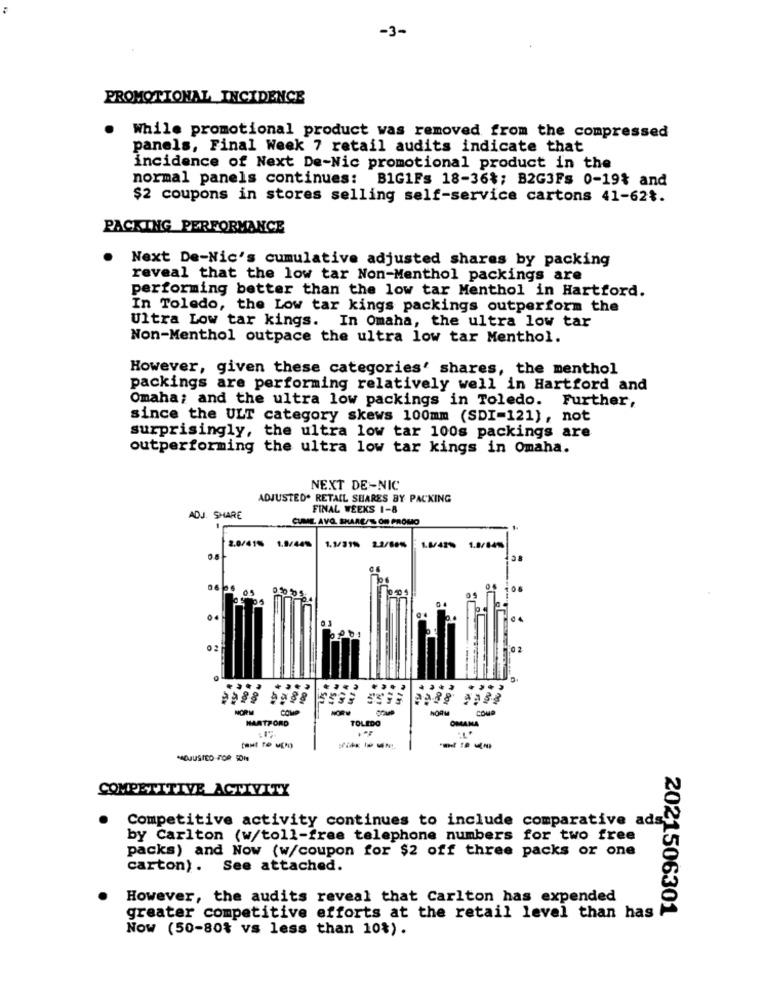
-3-
PROMOTIONAL INCIDENCE
While promotional product was removed from the compressed
panels, Final Week 7 retail audits indicate that
incidence of Next De-Nic promotional product in the
normal panels continues: BIG1Fs 18-36%; B2G3Fs 0-19% and
$2 coupons in stores selling self-service cartons 41-62%.
PACKING PERFORMANCE
Next De-Nic's cumulative adjusted shares by packing
reveal that the low tar Non-Menthol packings are
performing better than the low tar Menthol in Hartford.
In Toledo, the Low tar kings packings outperform the
Ultra Low tar kings. In Omaha, the ultra low tar
Non-Menthol outpace the ultra low tar Menthol.
However, given these categories' shares, the menthol
packings are performing relatively well in Hartford and
Omaha; and the ultra low packings in Toledo. Further,
since the ULT category skews 100mm (SDI-121), not
surprisingly, the ultra low tar 100s packings are
outperforming the ultra low tar kings in Omaha.
NEXT DE-NIC
ADJUSTED. RETAIL SHARES BY PACKING
FINAL WEEKS 1-8
ADJ.
SHARE
CUME AVO SHARE/S ON PROMO
1.9/44%
2.0/415
1.1/318 2.2/88% 1.6/42* 1.8/84%
1.1/318 2.2/80%
0626 05
....
COMP
NORM
COUP
HARTFORD
TOLEDO
OMANA
COMPETITIVE ACTIVITY
Competitive activity continues to include comparative ads
by Carlton (w/toll-free telephone numbers for two free
packs) and Now (w/coupon for $2 off three packs or one
carton). See attached.
However, the audits reveal that Carlton has expended
2021506301
greater competitive efforts at the retail level than has
Now (50-80% vs less than 10%).